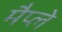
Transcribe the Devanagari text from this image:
मैप्ले